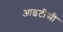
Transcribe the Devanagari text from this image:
आइटीसी